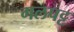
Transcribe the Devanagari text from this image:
गलपट्ट